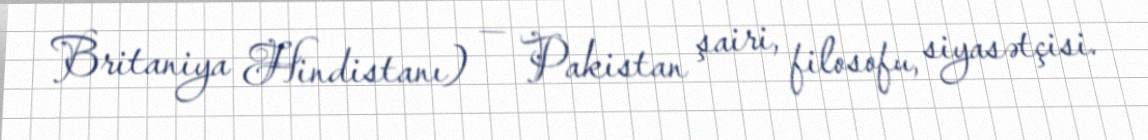
Britaniya Hindistanı) — Pakistan şairi, filosofu, siyasətçisi.